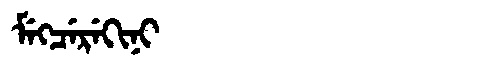
Manchu: ᠮᡝᡴᠴᡝᡵᡝᡴᡳᠨᡳ
Romanization: MEKCEREKINI